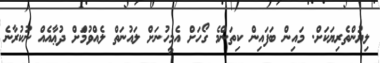
ލިޔުންތެރިޔަކަށް. މައިން ބަފައިން ކިތަންމެ ގޯހަށް އެމީހުނަށް ލައުނަތް ލެއްވުމްަށް ދުޢާއެއް ނުކުރާނެ